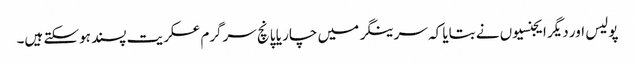
پولیس اور دیگر ایجنسیوں نے بتایا کہ سرینگر میں چار یا پانچ سرگرم عسکریت پسند ہوسکتے ہیں۔